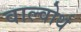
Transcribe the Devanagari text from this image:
वाल्वोर्थ